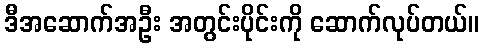
ဒီအဆောက်အဦး အတွင်းပိုင်းကို ဆောက်လုပ်တယ်။